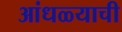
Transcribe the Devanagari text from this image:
आंधळ्याची